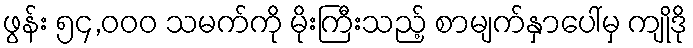
ဖွန်း ၅၄,၀၀၀ သမက်ကို မိုးကြီးသည့် စာမျက်နှာပေါ်မှ ကျိုဒို